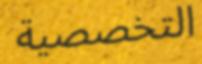
التخصصية